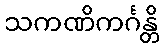
သကဏိကင်္ဂန္တိ